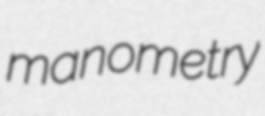
manometry